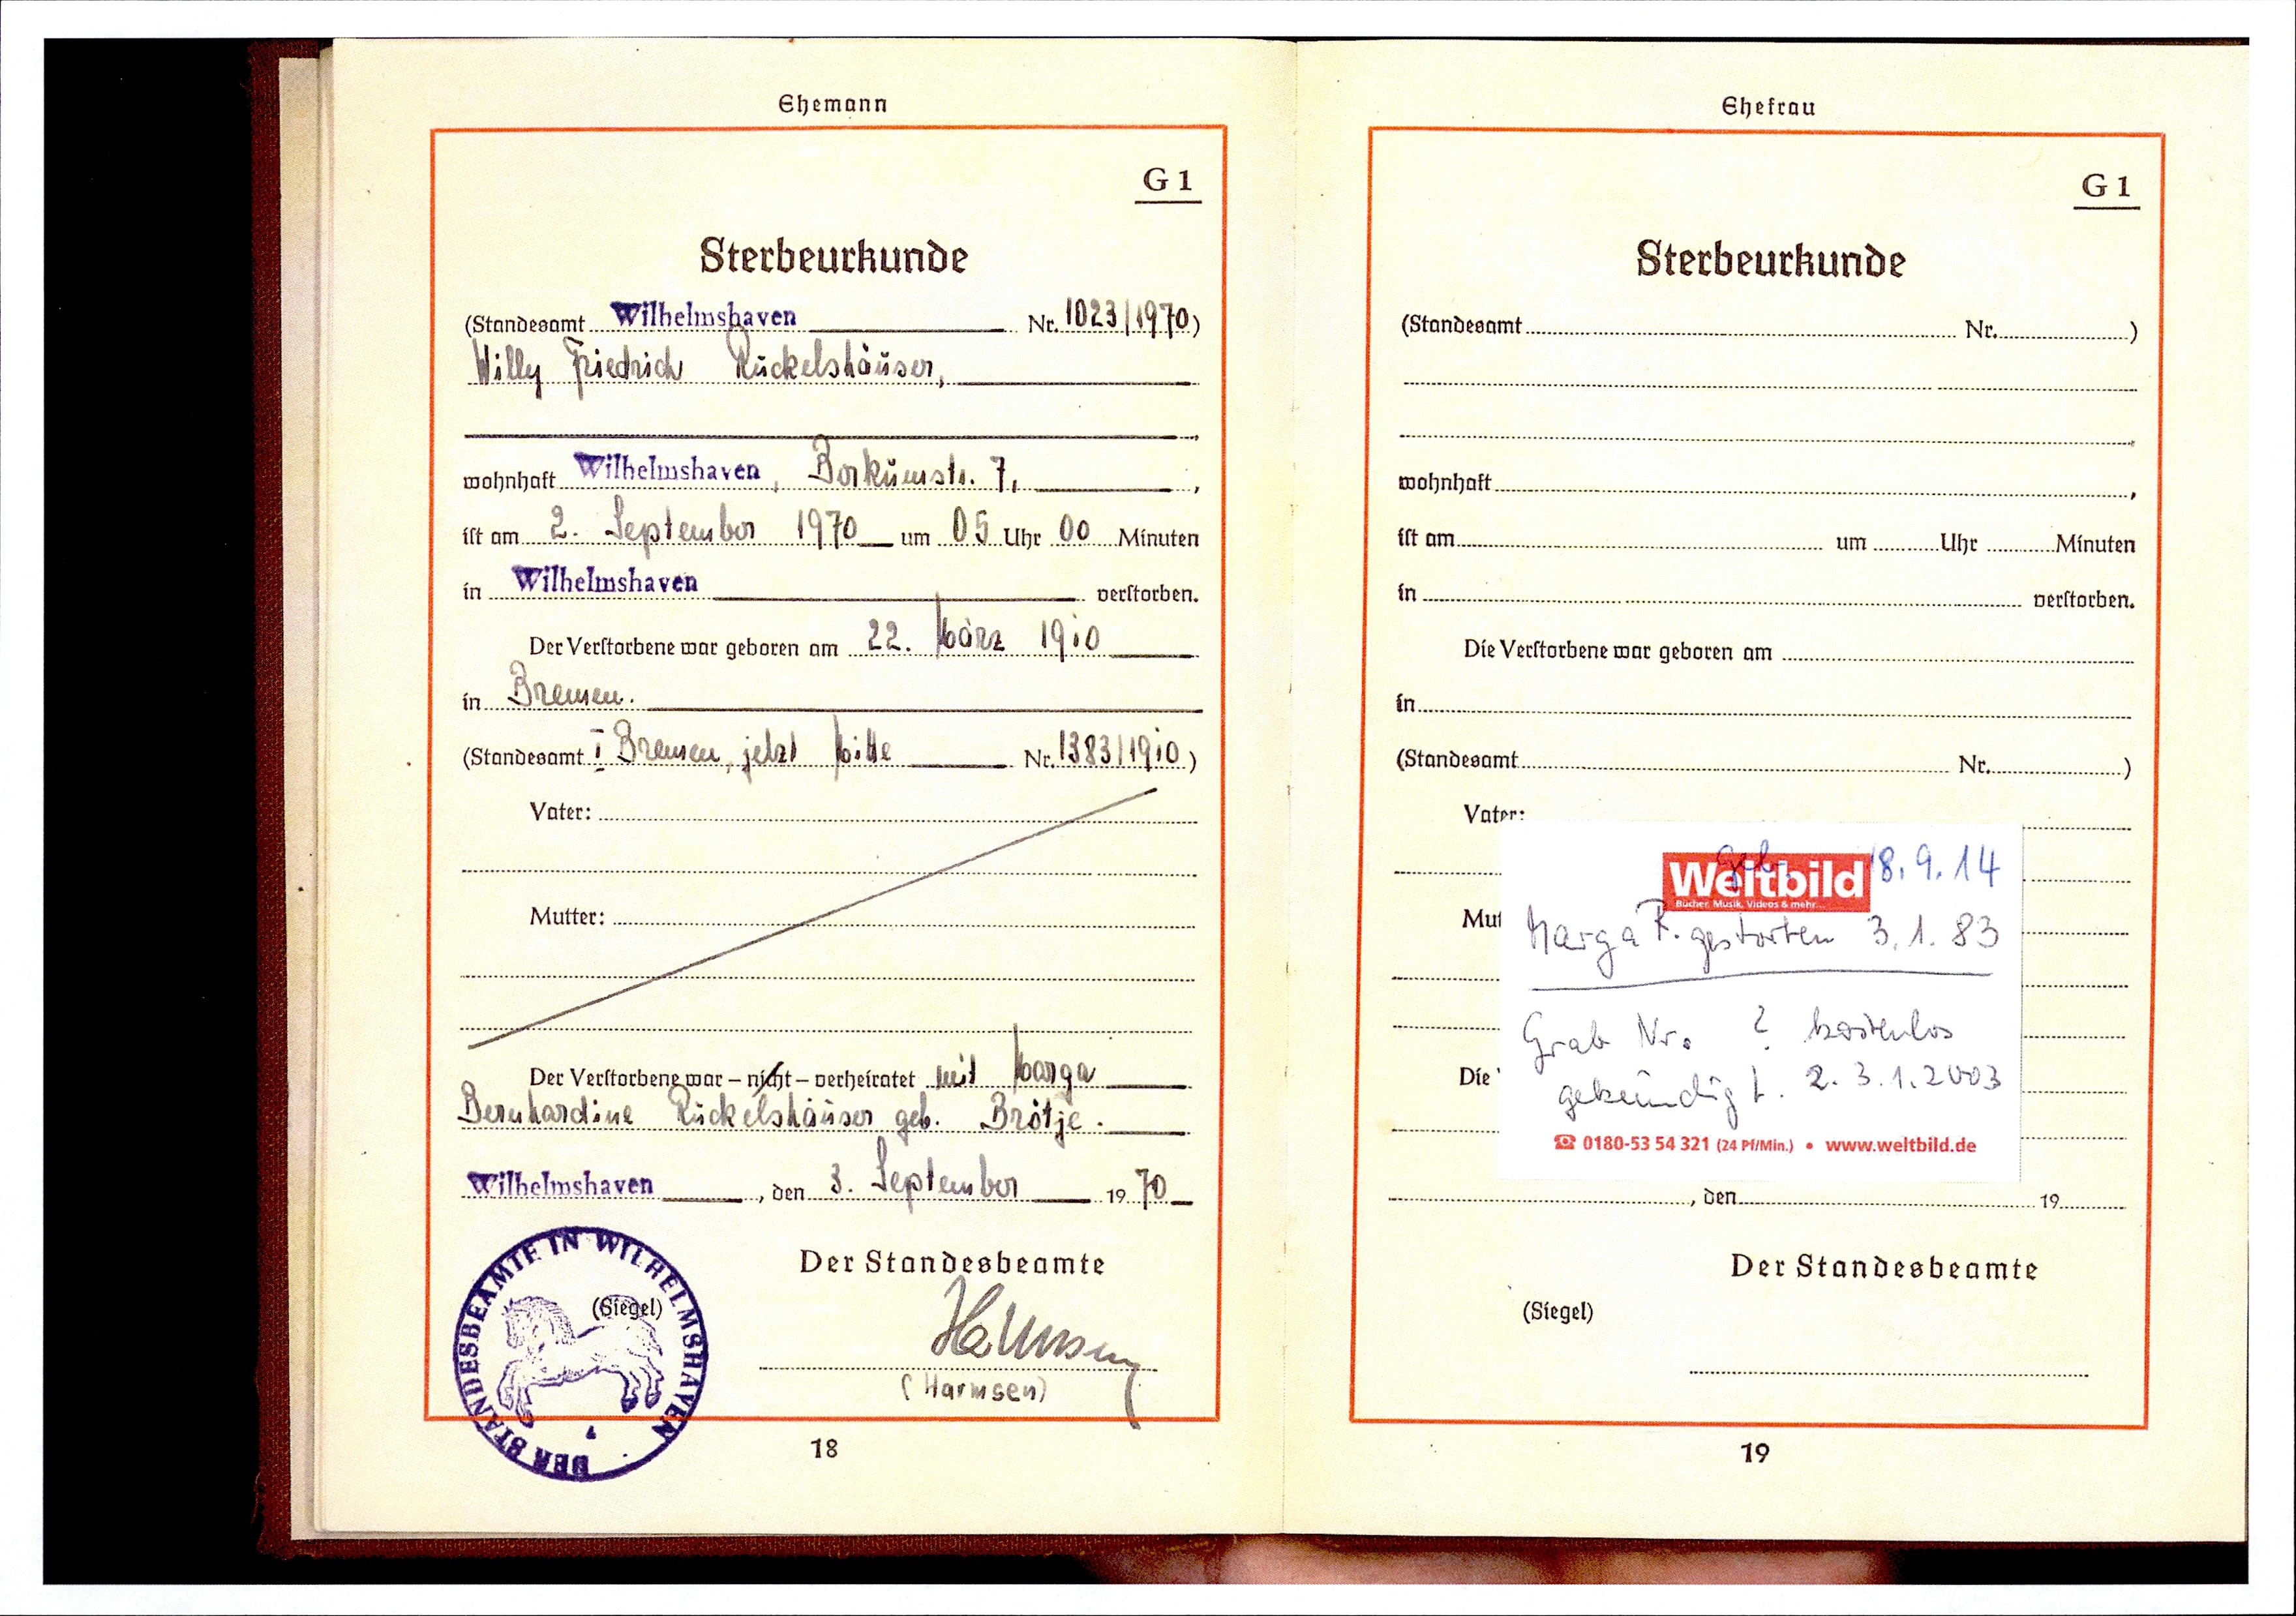
1023 /1970
Willy Friedrich Ruckelshäuser
Borkumstr. 7,
2. September 1970 um 05 Uhr 00 Minuten
22. März 1910
Bremen
I Bremen, jetzt bitte Nr. 1383/1910
mit Marga
Bernhardine Ruckelshäuser geb. Brötje.
3. September 1970

Geb. 18.9.14
Marga R. gestorben 3.1.83
Grab Nr. ? kostenlos
gekündigt: 2.3.1.2003